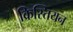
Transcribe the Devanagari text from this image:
क्रिस्तियन